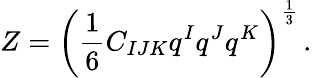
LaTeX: Z=\left(\frac 16C_{IJK}q^{I}q^{J}q^{K}\right)^{\frac 13}\, .